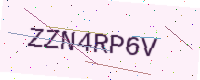
Text: ZZN4RP6V